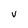
Character: V